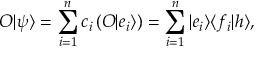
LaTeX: O | \psi \rangle = \sum _ { i = 1 } ^ { n } c _ { i } \left( O | e _ { i } \rangle \right) = \sum _ { i = 1 } ^ { n } | e _ { i } \rangle \langle f _ { i } | h \rangle ,